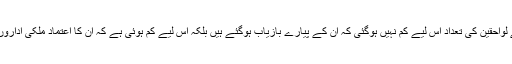
علاقے سے لاپتہ افراد کے لواحقین کی تعداد اس لیے کم نہیں ہوگئی کہ ان کے پیارے بازیاب ہوگئے ہیں بلکہ اس لیے کم ہوئی ہے کہ ان کا اعتماد ملکی اداروں سے اٹھتا چلا جا رہا ہے۔